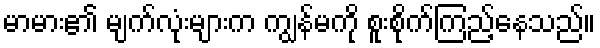
မာမား၏ မျက်လုံးများက ကျွန်မကို စူးစိုက်ကြည့်နေသည်။